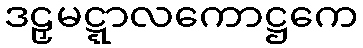
ဒဠှမဋ္ဋာလကောဋ္ဌကေ